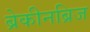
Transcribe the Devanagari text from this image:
ब्रेकीनब्रिज